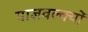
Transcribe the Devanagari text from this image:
याज्ञवल्क्यों